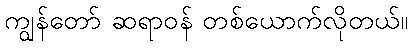
ကျွန်တော် ဆရာဝန် တစ်ယောက်လိုတယ်။